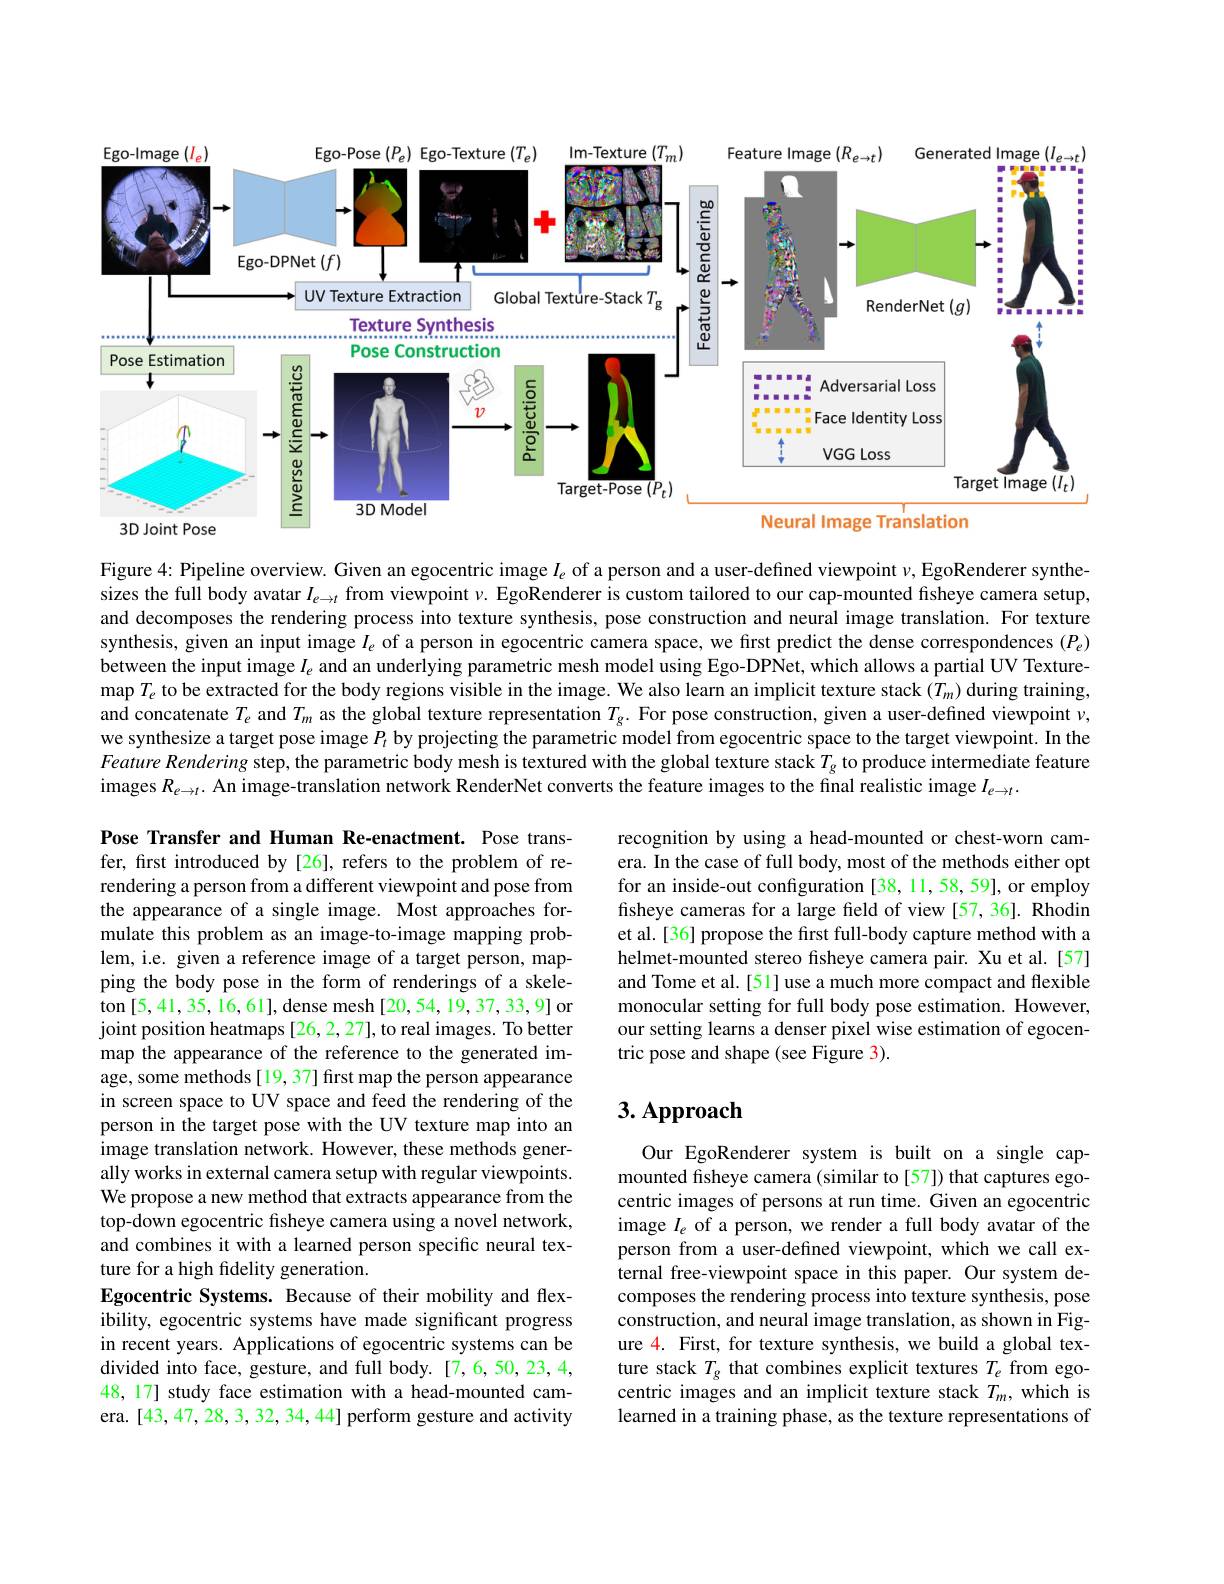
<FigureHere>

Figure 4: Pipeline overview. Given an egocentric image $I_e$ of a person and a user-defined viewpoint $\nu$, EgoRenderer synthesizes the full body avatar $I_{e\to t}$ from viewpoint $\nu.$ EgoRenderer is custom tailored to our cap-mounted fisheye camera setup, and decomposes the rendering process into texture synthesis, pose construction and neural image translation. For texture synthesis, given an input image $I_e$ of a person in egocentric camera space, we fırst predict the dense correspondences $(P_e)$ between the input image $I_{e}$ and an underlying parametric mesh model using Ego-DPNet, which allows a partial UV Texturemap$T_e$ to be extracted for the body regions visible in the image. We also learn an implicit texture stack $(T_m)$ during training, and concatenate $T_e$ and $T_m$ as the global texture representation $T_\mathrm{g}.$ For pose construction, given a user-defined viewpoint $\nu$, we synthesize a target pose image $P_{\iota}$ by projecting the parametric model from egocentric space to the target viewpoint. In the Feature Rendering step, the parametric body mesh is textured with the global texture stack $T_{\mathrm{g}}$ to produce intermediate feature images $R_{e\to t}.$ An image-translation network RenderNet converts the feature images to the final realistic image $I_{e\to t}.$

recognition by using a head-mounted or chest-worn camera. In the case of full body, most of the methods either opt for an inside-out configuration [38,11,58,59], or employ fisheye cameras for a large field of view [57,36]. Rhodin et al. [36] propose the first full-body capture method with a helmet-mounted stereo fisheye camera pair. Xu et al.[57] and Tome et al.[51] use a much more compact and flexible monocular setting for full body pose estimation. However, our setting learns a denser pixel wise estimation of egocentric pose and shape (see Figure 3).

## 3. Approach

Pose Transfer and Human Re-enactment. Pose transfer, first introduced by[26], refers to the problem of rerendering a person from a different viewpoint and pose from the appearance of a single image. Most approaches formulate this problem as an image-to-image mapping problem, i.e. given a reference image of a target person, mapping the body pose in the form of renderings of a skeleton[5,41,35,16,61],dense mesh[20,54,19,37,33,9] or joint position heatmaps [26,2,27], to real images. To better map the appearance of the reference to the generated image, some methods [19, 37] first map the person appearance in screen space to UV space and feed the rendering of the person in the target pose with the UV texture map into an image translation network. However, these methods generally works in external camera setup with regular viewpoints. We propose a new method that extracts appearance from the top-down egocentric fisheye camera using a novel network, and combines it with a learned person specific neural texture for a high fidelity generation.
Egocentric Systems. Because of their mobility and flexibility, egocentric systems have made significant progress in recent years. Applications of egocentric systems can be divided into face, gesture, and full body. [7,6,50,23,4, 48, 17] study face estimation with a head-mounted camera. [43,47,28,3,32,34,44] perform gesture and activity

Our EgoRenderer system is built on a single capmounted fisheye camera (similar to [57]) that captures egocentric images of persons at run time. Given an egocentric image $I_e$ of a person, we render a full body avatar of the person from a user-defined viewpoint, which we call external free-viewpoint space in this paper. Our system decomposes the rendering process into texture synthesis, pose construction, and neural image translation, as shown in Figure 4. First, for texture synthesis, we build a global texture stack $T_g$ that combines explicit textures $T_e$ from egocentric images and an implicit texture stack $T_m$, which is learned in a training phase, as the texture representations of